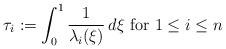
LaTeX: \begin{align*}\tau_i := \int_{0}^1 \frac{1}{\lambda_i(\xi)} \, d \xi \mbox{ for } 1 \le i \le n\end{align*}